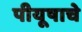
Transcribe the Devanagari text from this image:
पीयूषाचे